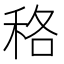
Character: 䅂